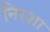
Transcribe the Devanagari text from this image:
निरशा